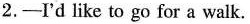
2.—I'd like to go for a walk.